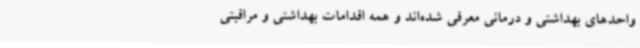
واحدهای بهداشتی و درمانی معرفی شده‌اند و همه اقدامات بهداشتی و مراقبتی